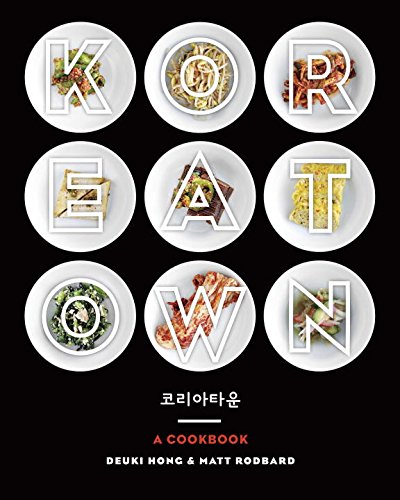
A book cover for Koreatown: A Cookbook; Deuki Hong; Cookbooks, Food & Wine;